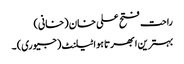
راحت فتح علی خان (خانی)
بہترین ابھرتا ہوا ٹیلنٹ (جیوری) ۔